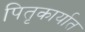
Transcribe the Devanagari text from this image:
पितृकार्यात